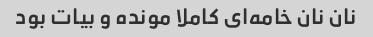
نان نان خامه‌ای کاملا مونده و بیات بود